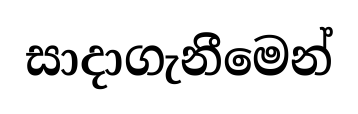
සාදාගැනීමෙන්